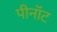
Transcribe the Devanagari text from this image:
पीनॉट